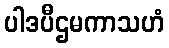
ပါဒပီဌမကာသဟံ